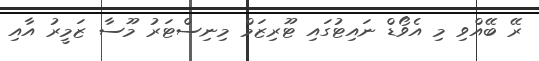
ރޭ ބޭއްވި މި އެވޯޑް ނައިޓުގައި ޓޫރިޒަމް މިނިސްޓަރު މޫސާ ޒަމީރު އާއި